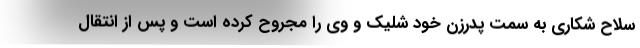
سلاح شکاری به سمت پدرزن خود شلیک و وی را مجروح کرده است و پس از انتقال